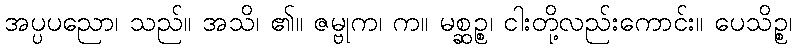
အပ္ပပညော၊ သည်။ အသိ၊ ၏။ ဇမ္ဗုက၊ က။ မစ္ဆဉ္စ၊ ငါးတို့လည်းကောင်း။ ပေသိဉ္စ၊